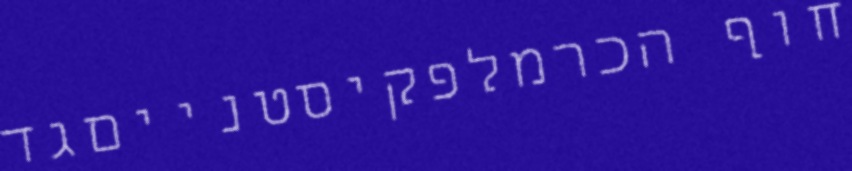
חוף הכרמלפקיסטנייםגד